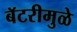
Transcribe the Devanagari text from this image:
बॅटरीमुळे